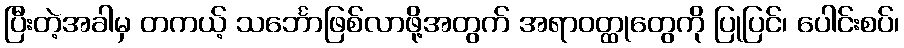
ပြီးတဲ့အခါမှ တကယ့် သင်္ဘောဖြစ်လာဖို့အတွက် အရာဝတ္ထုတွေကို ပြုပြင်၊ ပေါင်းစပ်၊